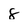
Character: 8